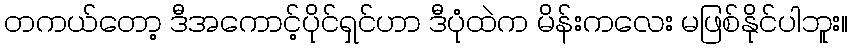
တကယ်တော့ ဒီအကောင့်ပိုင်ရှင်ဟာ ဒီပုံထဲက မိန်းကလေး မဖြစ်နိုင်ပါဘူး။